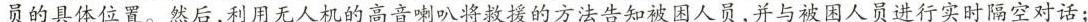
员的具体位置。然后，利用无人机的高音喇叭将救援的方法告知被困人员，并与被困人员进行实时隔空对话；